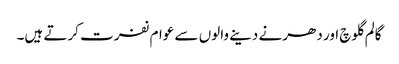
گالم گلوچ اور دھرنے دینے والوں سے عوام نفرت کرتے ہیں۔